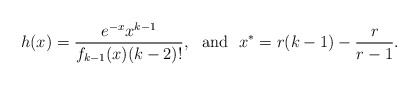
\begin{align*}h(x)=\frac{e^{-x} x^{k-1}}{f_{k-1}(x)(k-2)!}, \ \ \mbox{and}\ \ x^*=r(k-1)-\frac{r}{r-1}.\end{align*}